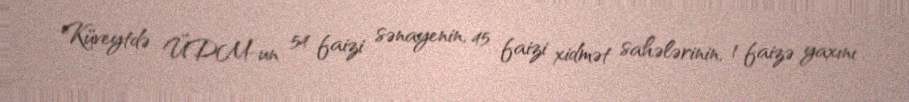
Küveytdə ÜDM-un 54 faizi sənayenin, 45 faizi xidmət sahələrinin, 1 faizə yaxını